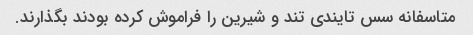
متاسفانه سس تایندی تند و شیرین را فراموش کرده بودند بگذارند.